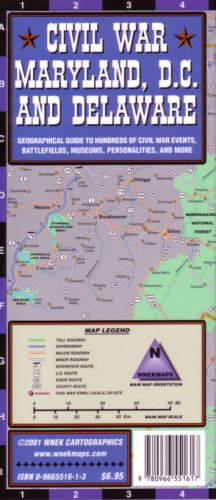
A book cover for Civil War Maryland, D.C. and Delaware Guide by W; WNEK Cartographics; Travel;